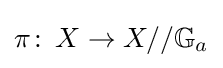
\pi \colon \,X\to X//\mathbb {G} _{a}